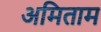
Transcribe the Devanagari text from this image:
अमिताम